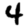
Digit: 4